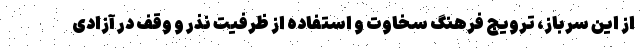
از این سرباز، ترویج فرهنگ سخاوت و استفاده از ظرفیت نذر و وقف در آزادی